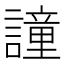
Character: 𧬤